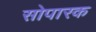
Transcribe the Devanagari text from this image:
सोपारक